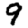
Digit: 9